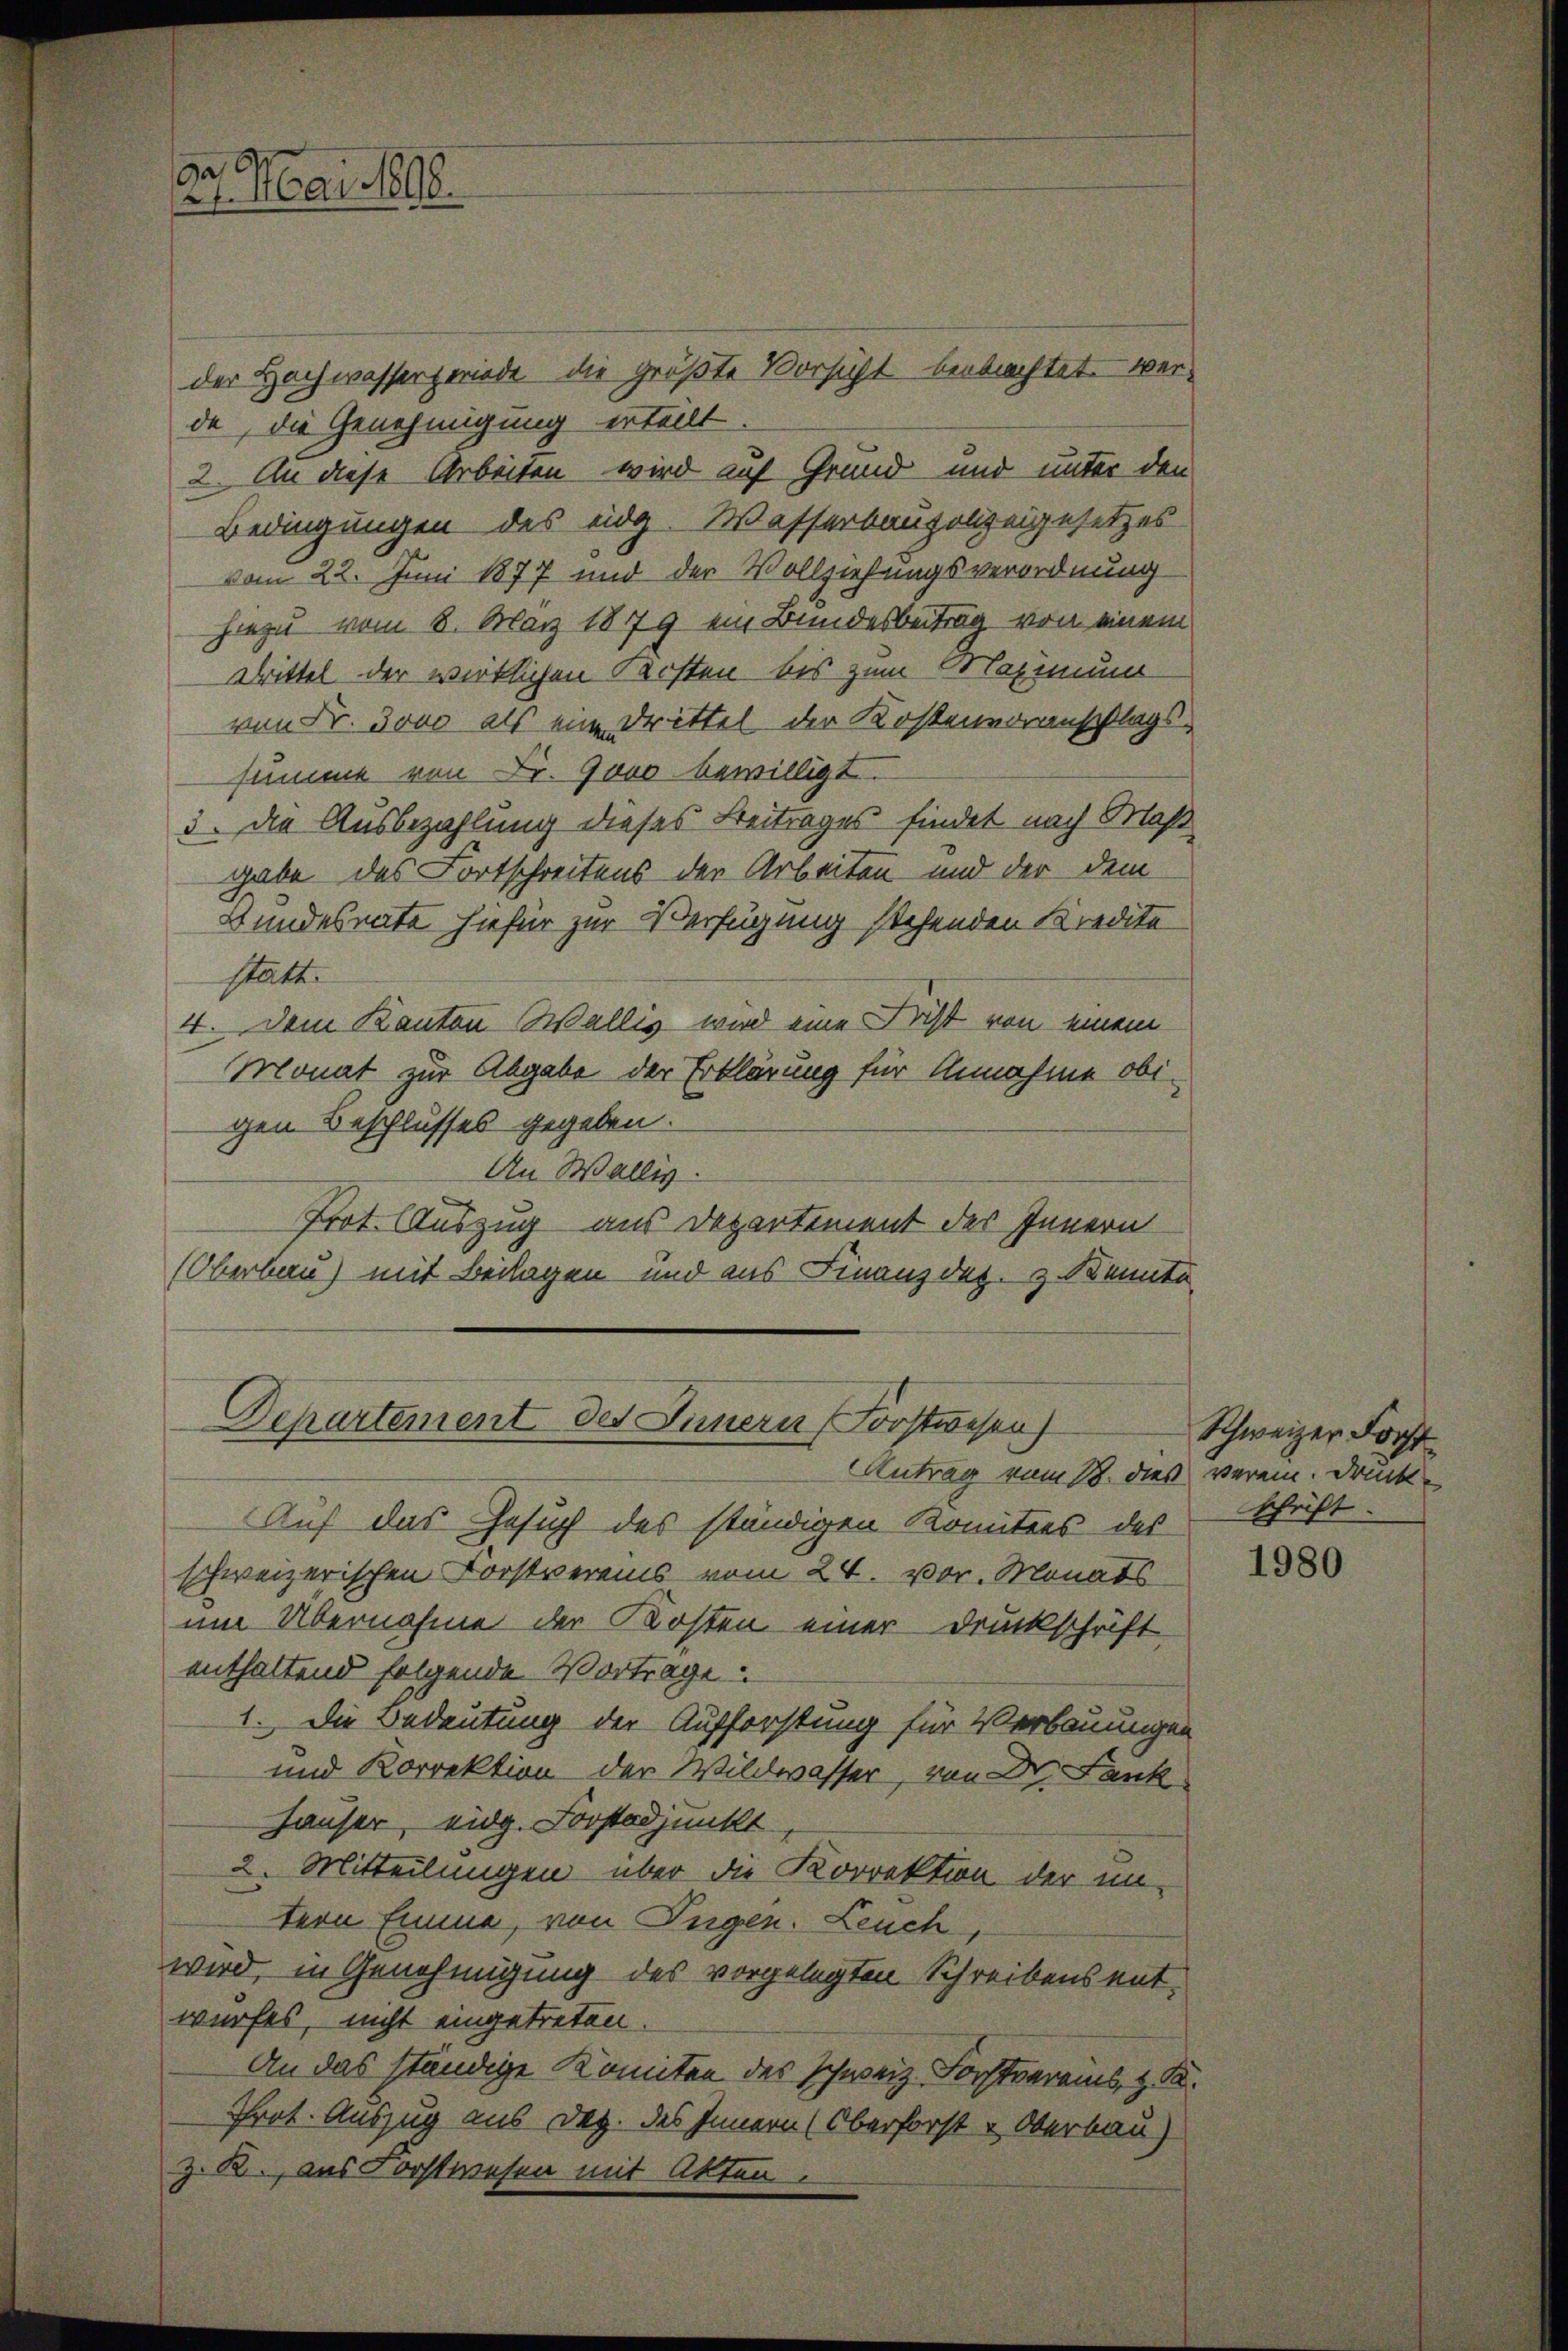
ga
21. Mai 1890.

der Hochwassergeriode die größte Vorsicht beibrachtet werde, die Genehmigung ertellt.
2. An diese Arbeiten wird auf Grund und unter den
Bedingungen des eidg. Wasserbaupolizeigesetzes
vom 22. Juni 1877 und der Vollziehungsverordnung
hiezu vom 8. März 1879 ein Bundesbeitrag von einem
Drittel der wirklichen Kosten bis zum Maximum
von Fr. 3000 als eine Drittel der Kostenvoranschlags-
summe von Fr. 9000 bewilligt.
3. Die Ausbezahlung dieses Beitrages findet nach Maß
gabe des Fortschreitens der Arbeiten und der dem
Stundesrate hiefür zur Verfügung stehenden Kredita
statt.
4. Dem Kanton Wallis wird eine Frist von einem
Monat zur Abgabe der Erklärung für Annahme obigen Beschlusses gegeben.
An Wallis.
Prot. Auszug aus Departement des Innern
Oberbau) mit Beilagen und aus Finanzdez. z. Kennte

Departement des Innern (Forstwesen
Antrag vom 18. dies verein. Druck¬

Auf das Gesuch des ständigen Komitees des
schweizerischen Forstvereins vom 24. vor. Monats
um Übernahme der Kosten einer Druckschrift
enthaltend folgende Vortrage
1. Die Bedeutung der Aufforstung für Verbauungen
und Korrektion der Wildwasser, von Dr. Fank
Hauser, eidg. Forstadjunkt
2. Mitteilungen über die Korrektion der un-
tern Emme, von Eugen. Leuch
wird, in Genehmigung des vorgelegten Schreibens entwurfes, nicht eingetreten.
An das ständige Komiten des Schweiz. Forstvereins, z. B.
Prot. Auszug aus Dez. des Innern (Oberforst & Oberbau)
z. R., aus Forstwesen mit Akten

Schweizer Forst
schrift.

1980